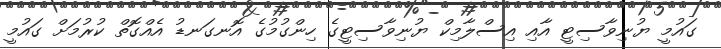
ގައުމީ ޔުނިވާސިޓީ އާއި އިސްލާމިކް ޔުނިވާސިޓީގެ ހިންގުމުގެ އޮނގަނޑު އެއްގޮތް ކުރުމަށް ގައުމީ